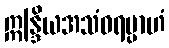
ဣန္ဒြိယအသံဝရမ္ပာဟံ